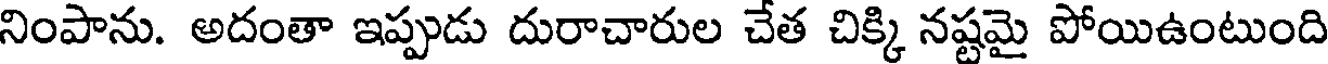
నింపాను. అదంతా ఇప్పుడు దురాచారుల చేత చిక్కి నష్టమై పోయిఉంటుంది